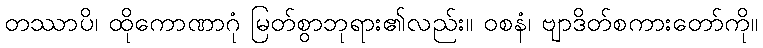
တဿာပိ၊ ထိုကောဏာဂုံ မြတ်စွာဘုရား၏လည်း။ ဝစနံ၊ ဗျာဒိတ်စကားတော်ကို။